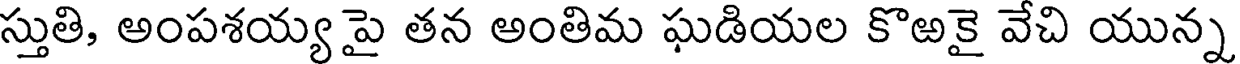
స్తుతి, అంపశయ్య పై తన అంతిమ ఘడియల కొఱకై వేచి యున్న